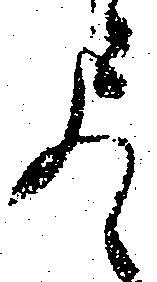
尽